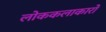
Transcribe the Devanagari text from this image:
लोककलाकारों